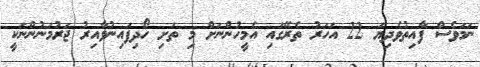
ނަމަވެސް ފާއިތުވެދިޔަ 22 އަހަރު ތެރޭގައި އެމީހުންނަށް މި ތަށި ހޯދިފައިނުވާއިރު ޖަރުމަނުންނަކީ